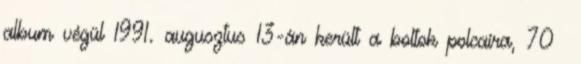
album végül 1991. augusztus 13-án került a boltok polcaira, 70